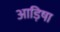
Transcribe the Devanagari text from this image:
आड़िषा